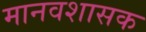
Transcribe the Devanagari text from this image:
मानवशासक